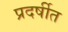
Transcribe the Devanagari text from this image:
प्रदर्षीत